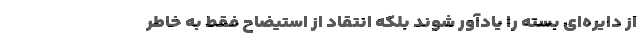
از دایره‌ای بسته را یادآور شوند بلکه انتقاد از استیضاح فقط به خاطر